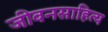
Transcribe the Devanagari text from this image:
जीवनसाहित्य